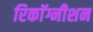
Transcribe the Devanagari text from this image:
रिकाॅग्नीशन